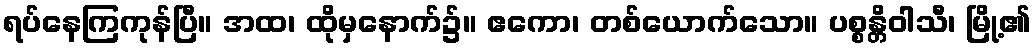
ရပ်နေကြကုန်ပြီ။ အထ၊ ထိုမှနောက်၌။ ဧကော၊ တစ်ယောက်သော။ ပစ္စန္တိဝါသီ၊ မြို့၏